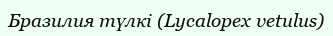
Бразилия түлкі (Lycalopex vetulus)